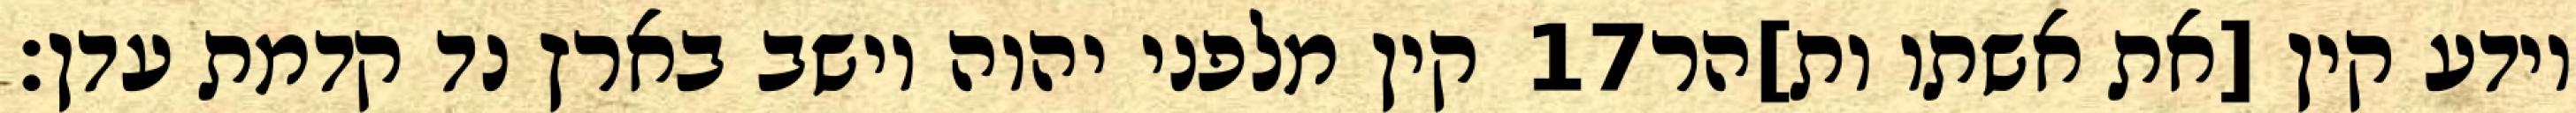
קין מלפני יהוה וישב בארץ נד קדמת עדן׃ ‎17‏ וידע קין [את אשתו ות]הר